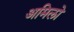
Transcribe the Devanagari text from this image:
अमिलो